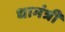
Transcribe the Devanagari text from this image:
धामंत्री